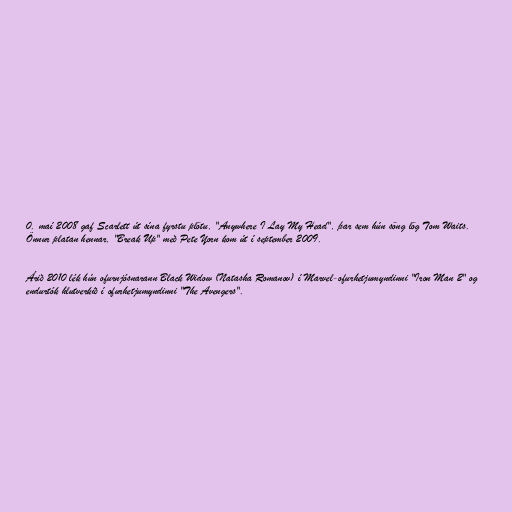
0. maí 2008 gaf Scarlett út sína fyrstu plötu, "Anywhere I Lay My Head", þar sem hún söng lög Tom Waits.
Önnur platan hennar, "Break Up" með Pete Yorn kom út í september 2009.

Árið 2010 lék hún ofurnjósnarann Black Widow (Natasha Romanov) í Marvel-ofurhetjumyndinni "Iron Man 2" og
endurtók hlutverkið í ofurhetjumyndinni "The Avengers".